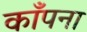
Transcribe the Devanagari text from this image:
काँपना